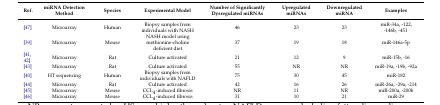
<table><thead><tr><td><b>Ref.</b></td><td><b>miRNA Detection Method</b></td><td><b>Species</b></td><td><b>Experimental Model</b></td><td><b>Number of Significantly Dysregulated miRNAs</b></td><td><b>Upregulated miRNAs </b></td><td><b>Downregulated miRNA</b></td><td><b>Examples</b></td></tr></thead><tbody><tr><td>[47]</td><td>Microarray</td><td>Human</td><td>Biopsy samples from individuals with NASH</td><td>46</td><td>23</td><td>23</td><td>miR-34a, -122, -146b, -451</td></tr><tr><td>[39]</td><td>Microarray</td><td>Mouse</td><td>NASH model using methionine-choline deficient diet</td><td>37</td><td>19</td><td>18</td><td>miR-146a-5p</td></tr><tr><td>[41,42]</td><td>Microarray</td><td>Rat</td><td>Culture activated</td><td>21</td><td>12</td><td>9</td><td>miR-15b, -16</td></tr><tr><td>[43]</td><td>Microarray</td><td>Rat</td><td>Culture activated</td><td>55</td><td>NR</td><td>NR</td><td>miR-19a, -19b, -92a</td></tr><tr><td>[40]</td><td>HT sequencing</td><td>Human</td><td>Biopsy samples from individuals with NAFLD</td><td>75</td><td>30</td><td>45</td><td>miR-182</td></tr><tr><td>[44]</td><td>Microarray</td><td>Rat</td><td>Culture activated</td><td>42</td><td>16</td><td>26</td><td>miR-26a, -29a, -214</td></tr><tr><td>[45]</td><td>Microarray</td><td>Mouse </td><td>CCL<sub>4</sub>-induced fibrosis </td><td>NR</td><td>11</td><td>NR</td><td>miR-200a, -200b</td></tr><tr><td>[46]</td><td>Microarray</td><td>Mouse</td><td>CCL<sub>4</sub>-induced fibrosis </td><td>31</td><td>10</td><td>21</td><td>miR-29</td></tr></tbody></table>